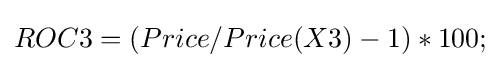
ROC3=(Price/Price(X3)-1)*100;